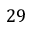
2 9